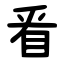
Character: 㸔